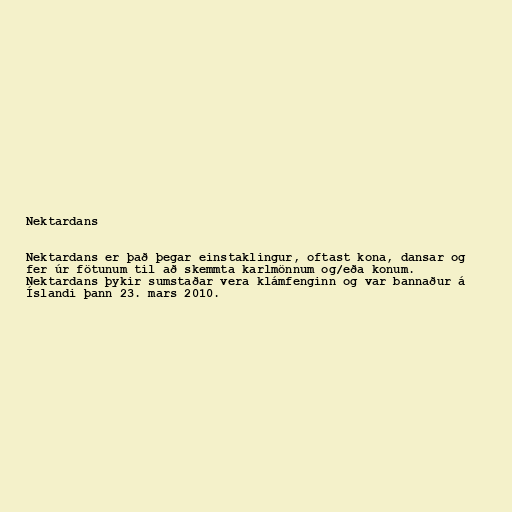
Nektardans

Nektardans er það þegar einstaklingur, oftast kona, dansar og
fer úr fötunum til að skemmta karlmönnum og/eða konum.
Nektardans þykir sumstaðar vera klámfenginn og var bannaður á
Íslandi þann 23. mars 2010.